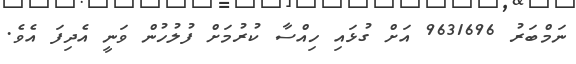
ނަމްބަރު 9631696 އަށް ގުޅައި ހިއްސާ ކުރުމަށް ފުލުހުން ވަނީ އެދިފަ އެވެ.